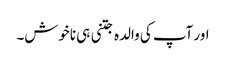
اور آپ کی والدہ جتنی ہی ناخوش۔